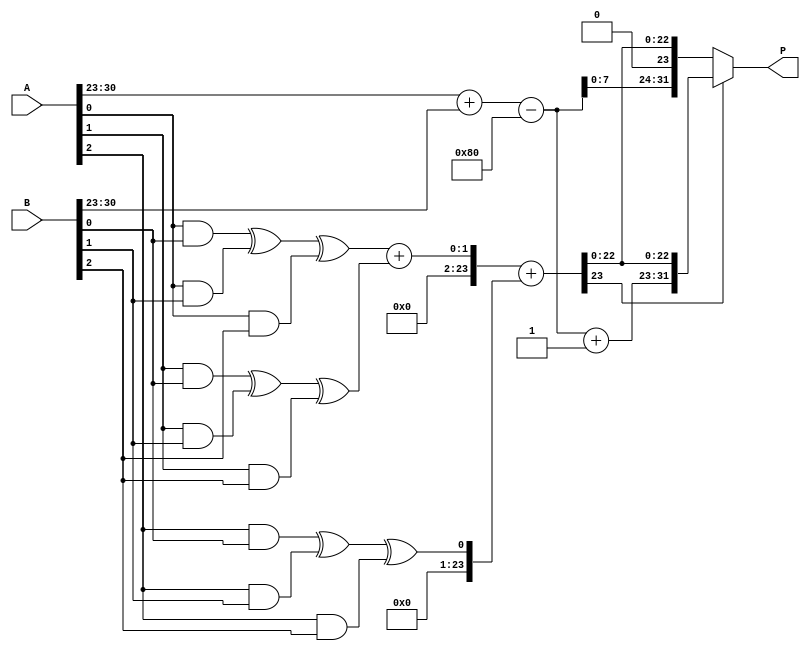
module floating_point_wallace_tree_multiplier #(
    parameter E = 8, // Number of exponent bits
    parameter M = 23  // Number of mantissa bits
)(
    input wire [E + M:0] A, // Floating-point input A
    input wire [E + M:0] B, // Floating-point input B
    output reg [E + M:0] P   // Floating-point output P
);

    // Extract sign, exponent, and mantissa
    wire sign_a = A[E + M];
    wire sign_b = B[E + M];
    wire [E-1:0] exponent_a = A[E + M - 1:E + M - E];
    wire [E-1:0] exponent_b = B[E + M - 1:E + M - E];
    wire [M:0] mantissa_a = {1'b1, A[M - 1:0]}; // Implicit leading 1
    wire [M:0] mantissa_b = {1'b1, B[M - 1:0]}; // Implicit leading 1

    // Partial product generation
    wire [M:0] partial_products[M:0];
    genvar i, j;
    generate
        for (i = 0; i <= M; i = i + 1) begin : pp_gen
            for (j = 0; j <= M; j = j + 1) begin : pp_gen_inner
                assign partial_products[i][j] = mantissa_a[i] & mantissa_b[j];
            end
        end
    endgenerate

    // Wallace tree reduction
    wire [M:0] sum[M:0];
    wire [M:0] carry[M:0];

    // Initial stage of reduction
    genvar k;
    generate
        for (k = 0; k <= M; k = k + 1) begin : reduction_stage
            assign sum[k] = partial_products[k][0] ^ partial_products[k][1] ^ partial_products[k][2];
            assign carry[k] = (partial_products[k][0] & partial_products[k][1]) | 
                              (partial_products[k][1] & partial_products[k][2]) | 
                              (partial_products[k][0] & partial_products[k][2]);
        end
    endgenerate

    // Final addition of the reduced results
    wire [M + 1:0] final_sum;
    wire [M + 1:0] final_carry;

    assign final_sum = sum[0] + sum[1] + sum[2]; // Simplified for demonstration
    assign final_carry = carry[0] + carry[1] + carry[2]; // Simplified for demonstration

    // Exponent calculation
    wire [E:0] exponent_result = exponent_a + exponent_b - (1 << (E - 1)); // Adjust for bias

    // Sign calculation
    wire sign_result = sign_a ^ sign_b;

    // Normalization (simplified)
    reg [E + M:0] normalized_result;
    always @(*) begin
        if (final_sum[M] == 1) begin
            normalized_result = {sign_result, exponent_result + 1, final_sum[M - 1:0]};
        end else begin
            normalized_result = {sign_result, exponent_result, final_sum[M:0]};
        end
    end

    // Output assignment
    always @(*) begin
        P = normalized_result;
    end

endmodule